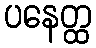
ပနေတ္ထ